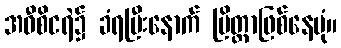
အဝီစိငရဲ၌ ခံရပြီးနောက် ပြိတ္တာဖြစ်နေပုံ။